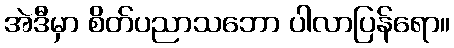
အဲဒီမှာ စိတ်ပညာသဘော ပါလာပြန်ရော။